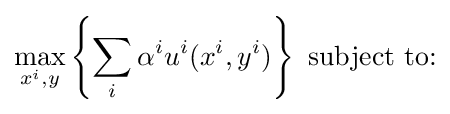
\max _{x^{i},y}\left\{\sum _{i}\alpha ^{i}u^{i}(x^{i},y^{i})\right\}~{\text{subject to:}}